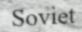
Soviet